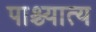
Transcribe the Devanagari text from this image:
पाश्च्यात्य